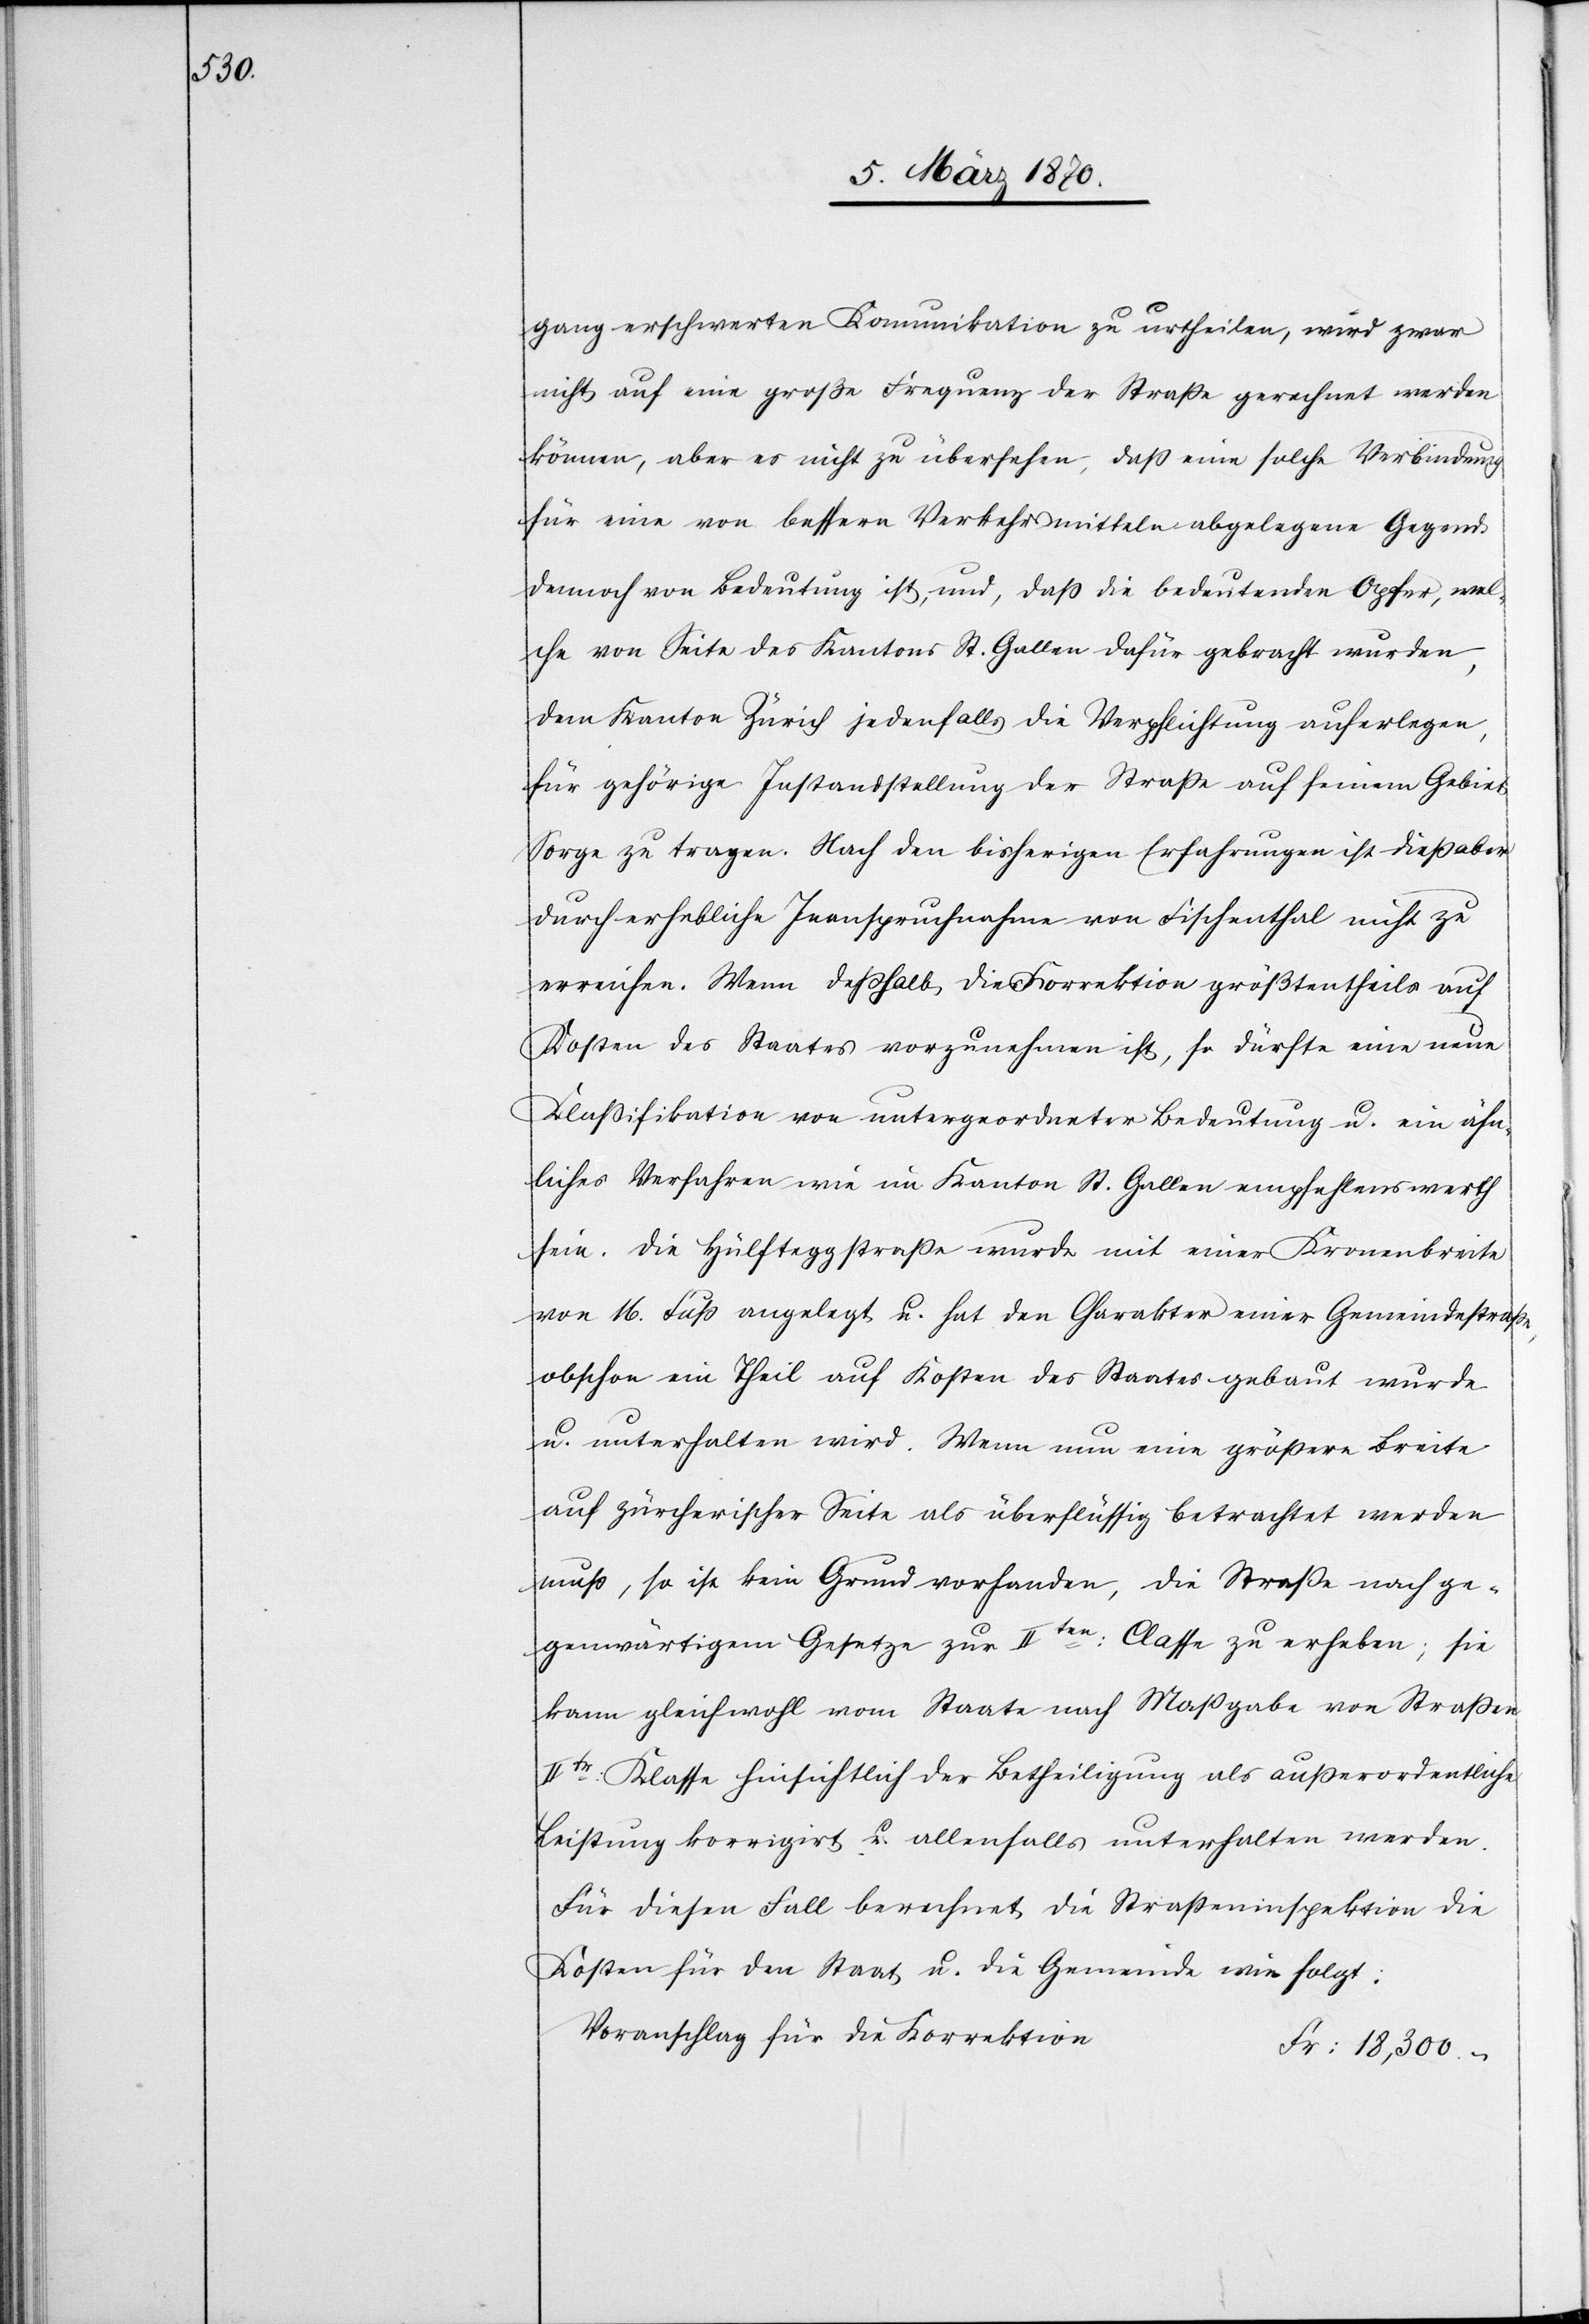
18,300.

–

gang erschwerten Komunikation zu urtheilen, wird zwar
nicht auf eine große Frequenz der Straße gerechnet werden
können, aber es [ist] nicht zu übersehen, daß eine solche Verbindung
für eine von bessern Verkehrsmitteln abgelegene Gegend
dennoch von Bedeutung ist, und, daß die bedeutenden Opfer, wel¬
che von Seite des Kantons St. Gallen dafür gebracht wurden,
dem Kanton Zürich jedenfalls die Verpflichtung auferlegen,
für gehörige Instandstellung der Straße auf seinem Gebiet
Sorge zu tragen. Nach den bisherigen Erfahrungen ist dieß aber
durch erhebliche Inanspruchnahme von Fischenthal nicht zu
erreichen. Wenn deßhalb die Korrektion größtentheils auf
Kosten des Staates vorzunehmen ist, so dürfte eine neue
Klaßifikation von untergeordneter Bedeutung u. ein ähn¬
liches Verfahren wie im Kanton St. Gallen empfehlenswerth
sein. Die Hulfteggstraße wurde mit einer Kronenbreite
von 16. Fuß angelegt u. hat den Charakter einer Gemeindestraße,
obschon ein Theil auf Kosten des Staates gebaut wurde
u. unterhalten wird. Wenn nun eine größere Breite
auf zürcherischer Seite als überflüssig betrachtet werden
muß, so ist kein Grund vorhanden, die Straße nach ge¬
genwärtigem Gesetze zur IIten: Classe zu erheben; sie
kann gleichwohl vom Staate nach Maßgabe von Straßen
IIte: Klasse hinsichtlich der Betheiligung als außerordentliche
Leistung korrigirt u. allenfalls unterhalten werden.
Für diesen Fall berechnet die Straßeninspektion die
Kosten für den Staat u. die Gemeinde wie folgt:
Voranschlag für Korrektion